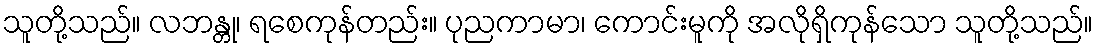
သူတို့သည်။ လဘန္တု၊ ရစေကုန်တည်း။ ပုညကာမာ၊ ကောင်းမူကို အလိုရှိကုန်သော သူတို့သည်။